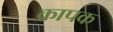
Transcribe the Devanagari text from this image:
कापक